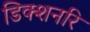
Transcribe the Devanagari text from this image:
डिक्शनरि